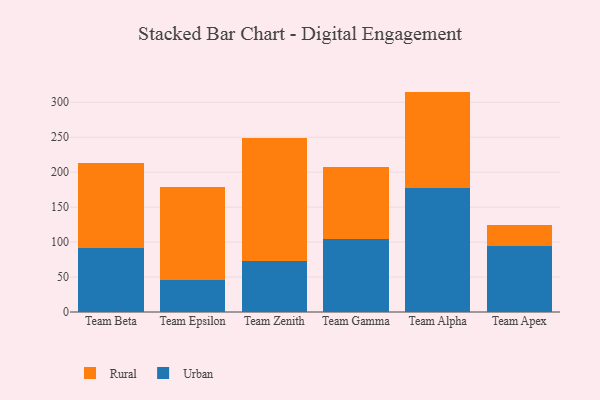
{"axis": {"x": "Team", "y": "Latency (ms)"}, "legend": ["Rural", "Urban"], "data": [{"x": "Team Beta", "y": 91.0, "type": "Urban"}, {"x": "Team Beta", "y": 122.0, "type": "Rural"}, {"x": "Team Epsilon", "y": 45.6, "type": "Urban"}, {"x": "Team Epsilon", "y": 133.3, "type": "Rural"}, {"x": "Team Zenith", "y": 72.5, "type": "Urban"}, {"x": "Team Zenith", "y": 176.4, "type": "Rural"}, {"x": "Team Gamma", "y": 104.1, "type": "Urban"}, {"x": "Team Gamma", "y": 103.5, "type": "Rural"}, {"x": "Team Alpha", "y": 177.7, "type": "Urban"}, {"x": "Team Alpha", "y": 137.6, "type": "Rural"}, {"x": "Team Apex", "y": 94.2, "type": "Urban"}, {"x": "Team Apex", "y": 30.0, "type": "Rural"}]}